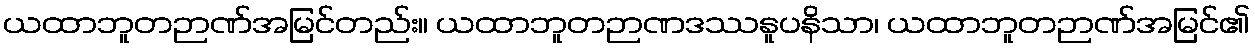
ယထာဘူတဉာဏ်အမြင်တည်း။ ယထာဘူတဉာဏဒဿနူပနိသာ၊ ယထာဘူတဉာဏ်အမြင်၏